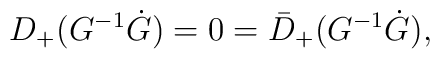
D_+(G^{-1}\dot G) = 0 = \bar D_+(G^{-1}\dot G),